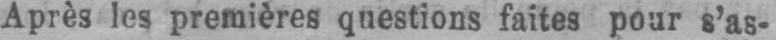
Après les premières questions faites pour s’as-